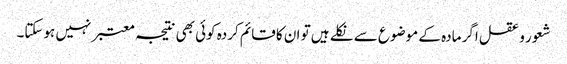
شعور و عقل اگر مادہ کے موضوع سے نکلے ہیں تو ان کا قائم کردہ کوئی بھی نتیجہ معتبر نہیں ہوسکتا۔